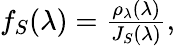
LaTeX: \begin{array}{r}{f_{S}(\lambda)=\frac{\rho_{\lambda}(\lambda)}{J_{S}(\lambda)},}\end{array}